Vaccine operations Central Provinces 1886-1899 - 1886-1899
Year: 1886
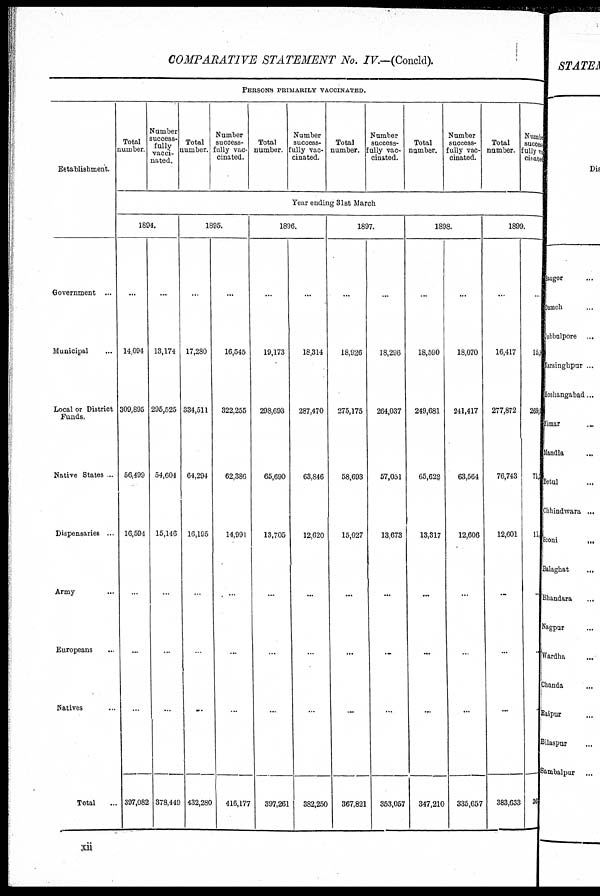
COMPARATIVE STATEMENT No. IV.—(Concld).
PERSONS PRIMARILY VACCINATED.
Establishment.
Government ...
Municipal ...
Local or District
Funds.
Native States ...
Dispensaries ...
Army ...
Europeans ...
Natives ...
Total ...
Total
number
Number
success-
fully
vacci-
nated.
Total
number.
Number
success-
--lly vac-
cinated.
Total
number.
Number
success-
fully vac-
cinated.
Total
number.
Number
success-
fully vac-
cinated.
Total
number.
Number
success-
--lly vac-
cinated.
Total
number.
Number
success¬
fully vac¬
cinated
Year ending 31st March
1894.
...
14,094
309,895
56,499
16,594
...
...
...
397,082
...
13,174
295,525
54,604
15,146
...
...
...
378,449
1895.
...
17,280
334,511
64,294
16,195
...
...
...
432,280
...
16,545
322,255
62,386
14,991
...
...
...
416,177
1896.
...
19,173
298,693
65,690
13,705
...
...
...
397,261
...
18,314
287,470
63,846
12,620
...
...
...
382,250
1897.
...
18,926
275,175
58,693
15,027
...
...
...
367,821
...
18,296
264,037
57,051
13,673
...
...
...
353,057
1898.
...
18,590
249,681
65,622
13,317
...
...
...
347,210
...
18,070
241,417
63,564
12,606
...
...
...
335,657
1899.
...
16,417
277,872
76,743
12,601
...
...
...
383,633
...
15, 9
269,0
71,
13,
...
...
...
36
xii